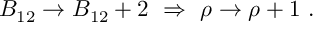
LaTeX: B _ { 1 2 } \to B _ { 1 2 } + 2 \ \Rightarrow \ \rho \to \rho + 1 \ .